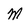
Character: M